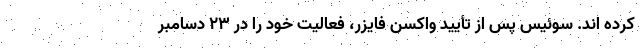
کرده اند. سوئیس پس از تأیید واکسن فایزر، فعالیت خود را در ۲۳ دسامبر